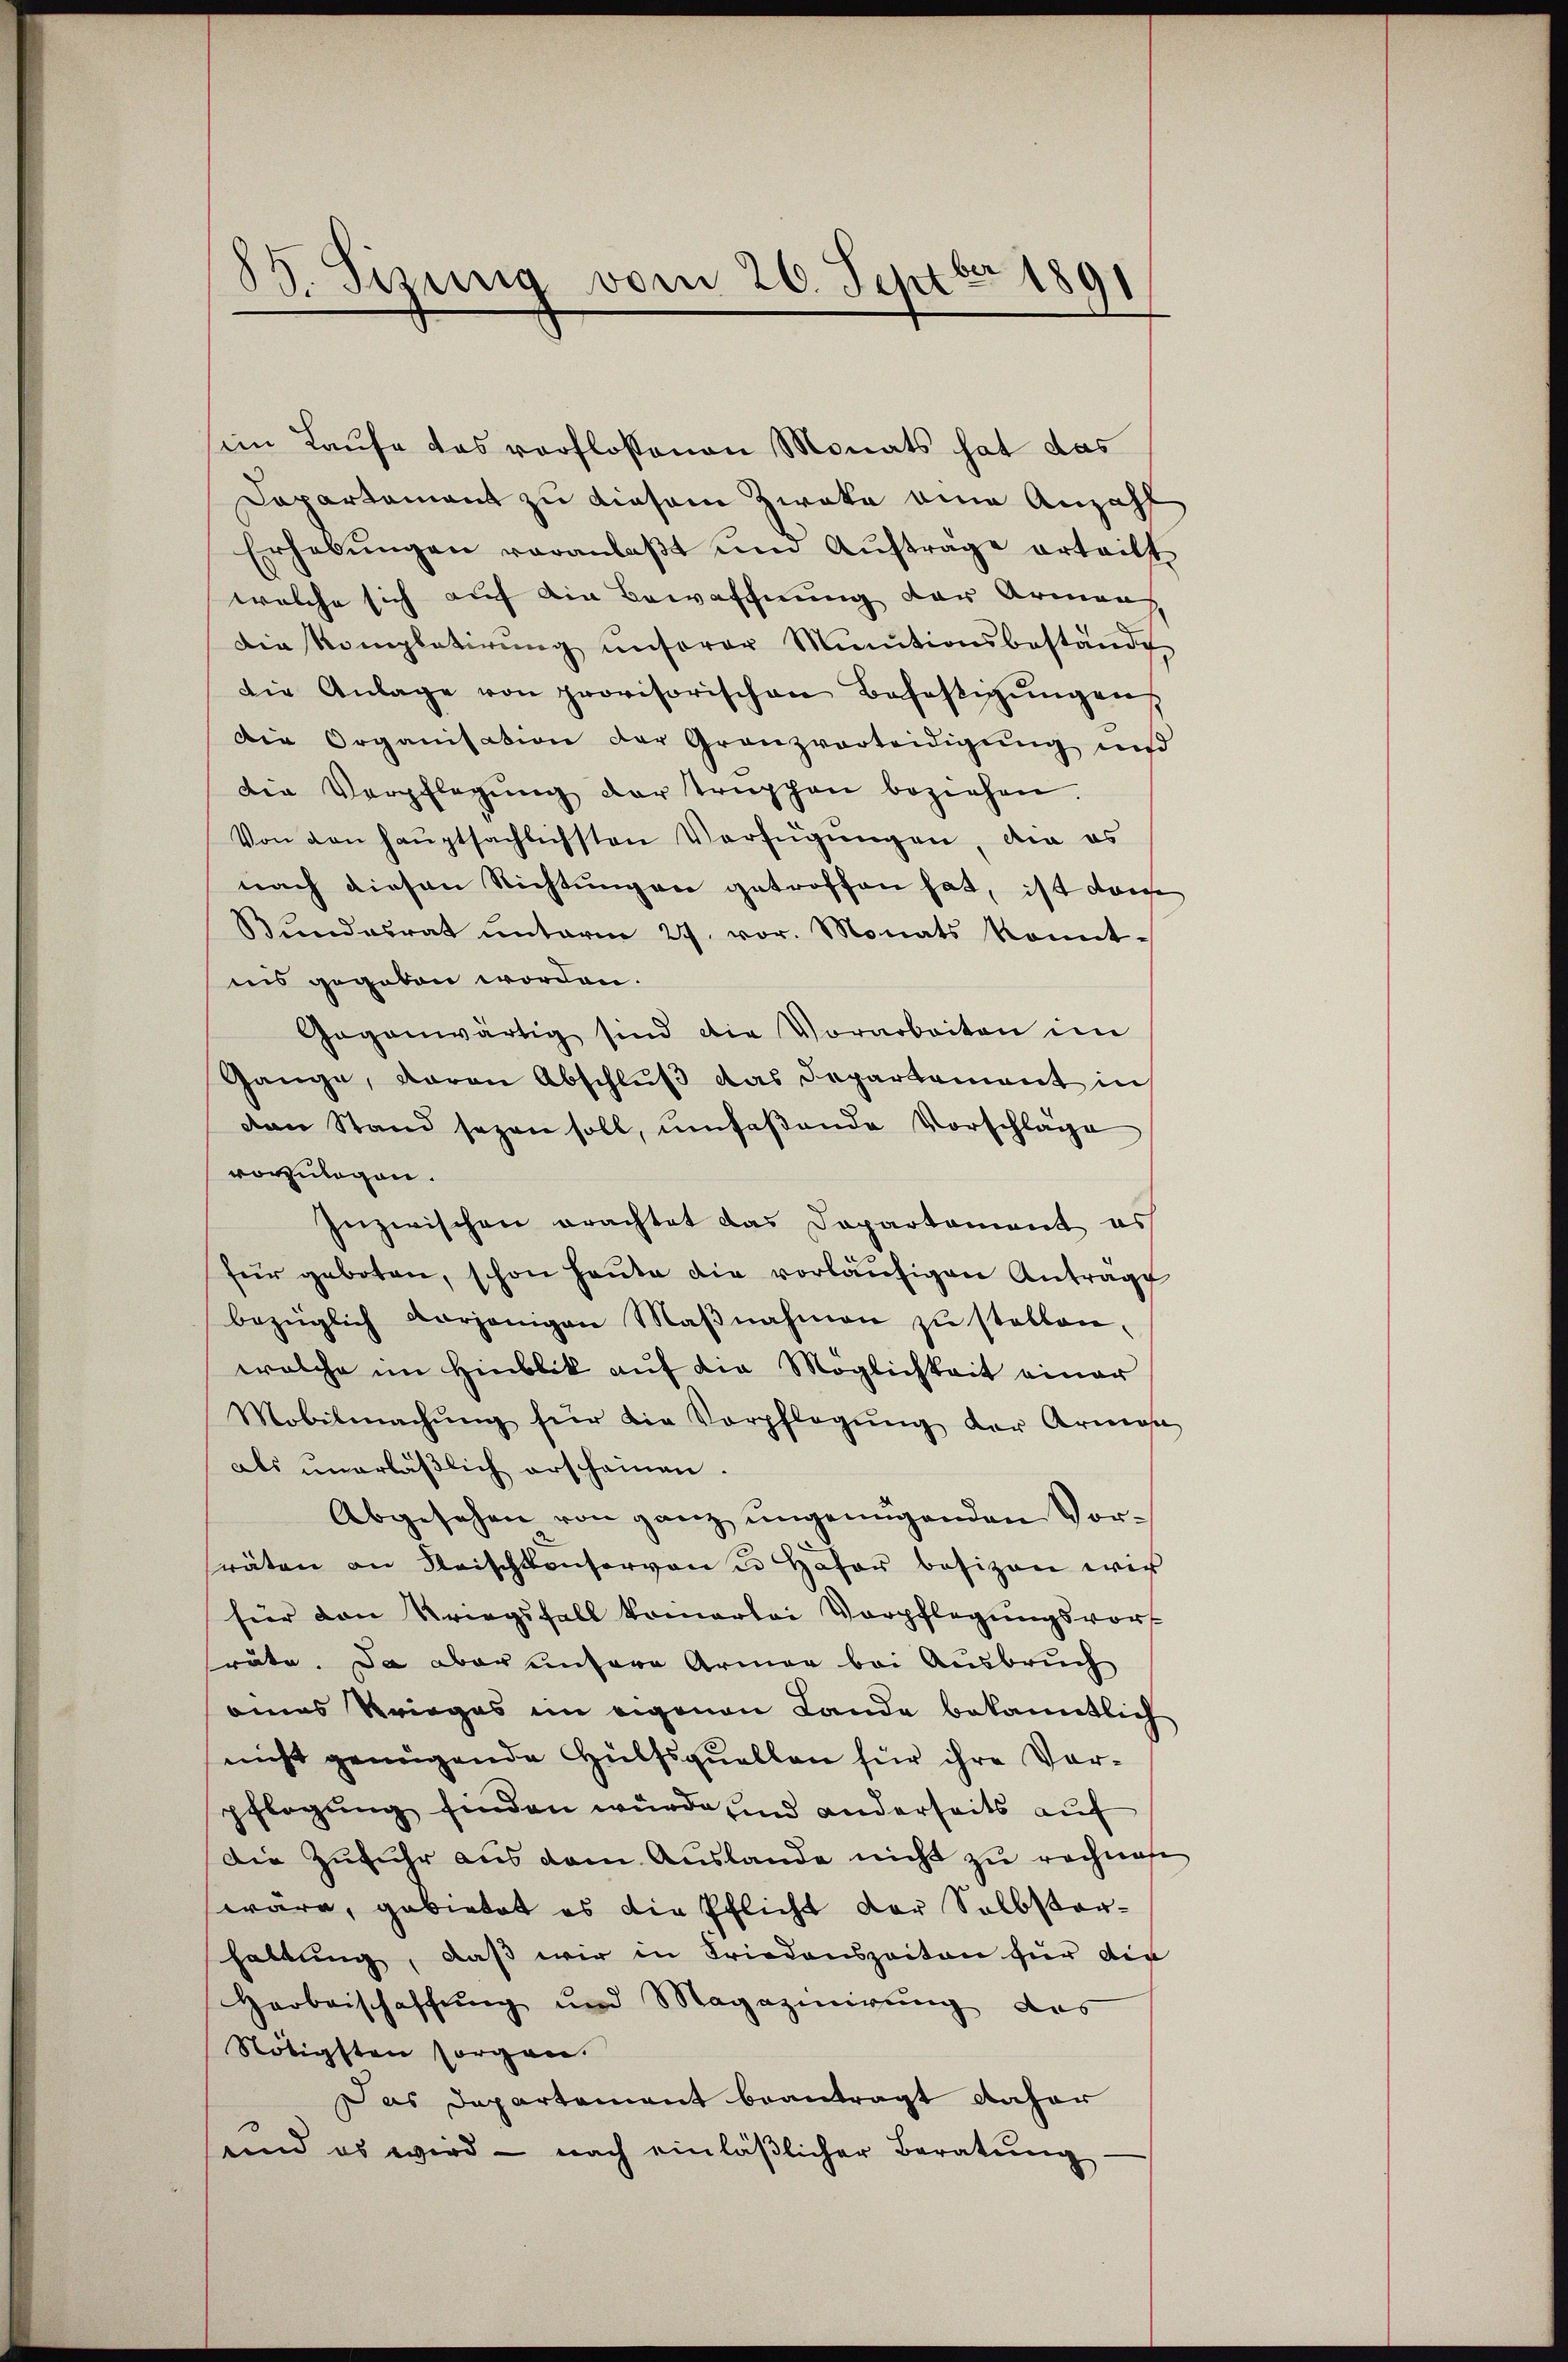
89. Sizung vom 26. Septbr 1891

im Laufe das verfloßenen Monats hat das
Dapartament zu diesem Zweke eine Anzahl
Erhebŭngen veranlaβt ŭm Aŭftrage erteilt
welche sich auf die Bewaffnung der Armens
die Kompletirŭng ŭnserer Minutionsbestände
die Anlage von provisorischen Befestigŭngen,
Die Organisation der Granzvorteidigung und
die Verpflegŭng der Truppen beziehen.
Von den haŭptsächlichsten Verfügungen, da es
nach diesen Richtungen getroffen hat, ist dam
Bŭndesrat ŭnterm 27. vor. Monats konnt-
ins gegeben worden.
Gegenwärtig sind die Vorarbeiten im
Gange, daran Abschlŭβ das Departement in
den Stand sagen soll, umfaßende Vorschläge
vorzulegen.
Inzwischen erachtet das Departement es
für geboten, schon heŭte die vorläŭfigen Antrage
bezüglich vorjenigen Maβnahmen zŭ stellen.
welche im Hinblik auf die Möglichkeit einer
Mobilmachŭng für die Verpflegŭng der Armesa
als unerläßlich erscheinen.
Abgesehen von ganz ungenügenden Vorräten an Fleischkonservon u. Hafer besizen wir
für den Kriegsfall kommerlei Verpflegungsvort
räte. Da aber untere Armer bei Ausbruch
eines Krieges im eigenen Lande bekanntlich
nicht genügende Hülfsquellen für ihre Vorpflegung finden würde und anderseits auf
Die Zŭfŭhr aus dem Aŭslande nicht zŭ rechnahe
wäre, gebietet es die Pflicht der Selbstarhaltung, daß wir in Friedenszeiten für der
Harbeischaffung und Magazinirŭng des
Nötigsten sorgen.
Das Departement beantragt daher
und es wird - nach einläβlicher Beratŭng